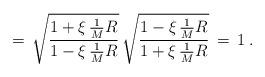
LaTeX: \begin{align*}=\, \sqrt{\frac{1 + \xi \,\frac{1}{M} R }{1 - \xi \,\frac{1}{M} R}} \, \sqrt{\frac{1 - \xi \,\frac{1}{M} R}{1 + \xi \,\frac{1}{M} R}} \,=\, 1 \;.\end{align*}